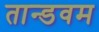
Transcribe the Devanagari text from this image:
तान्डवम